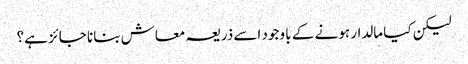
لیکن کیا مالدار ہونے کے با وجود اسے ذریعہ معاش بنانا جائز ہے؟